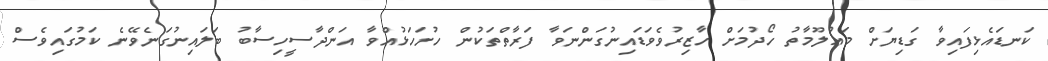
ކަނޑައެޅިފައިވާ ގަޑިޔަށް މަޢުލޫމާތު ހޯދުމަށް ހާޒިރުވެވަޑައިނުގަންނަވާ ފަރާތްތަކުން ހުށަހަޅުއްވާ އަންދާސީހިސާބު ބަލައިނުގަނެވޭނެ ކަމުގައިވެސް